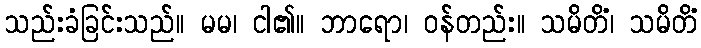
သည်းခံခြင်းသည်။ မမ၊ ငါ၏။ ဘာရော၊ ဝန်တည်း။ သမိတိံ၊ သမိတိံ